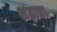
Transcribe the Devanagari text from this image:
शहाद्या